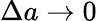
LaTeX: \Delta a\to 0